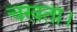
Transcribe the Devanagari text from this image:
चखता।